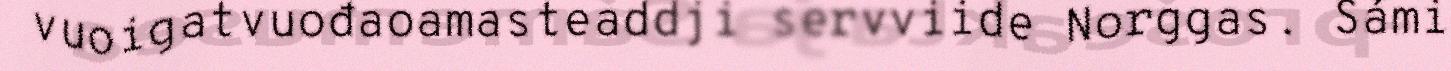
vuoigatvuođaoamasteaddji servviide Norggas. Sámi